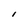
Character: l